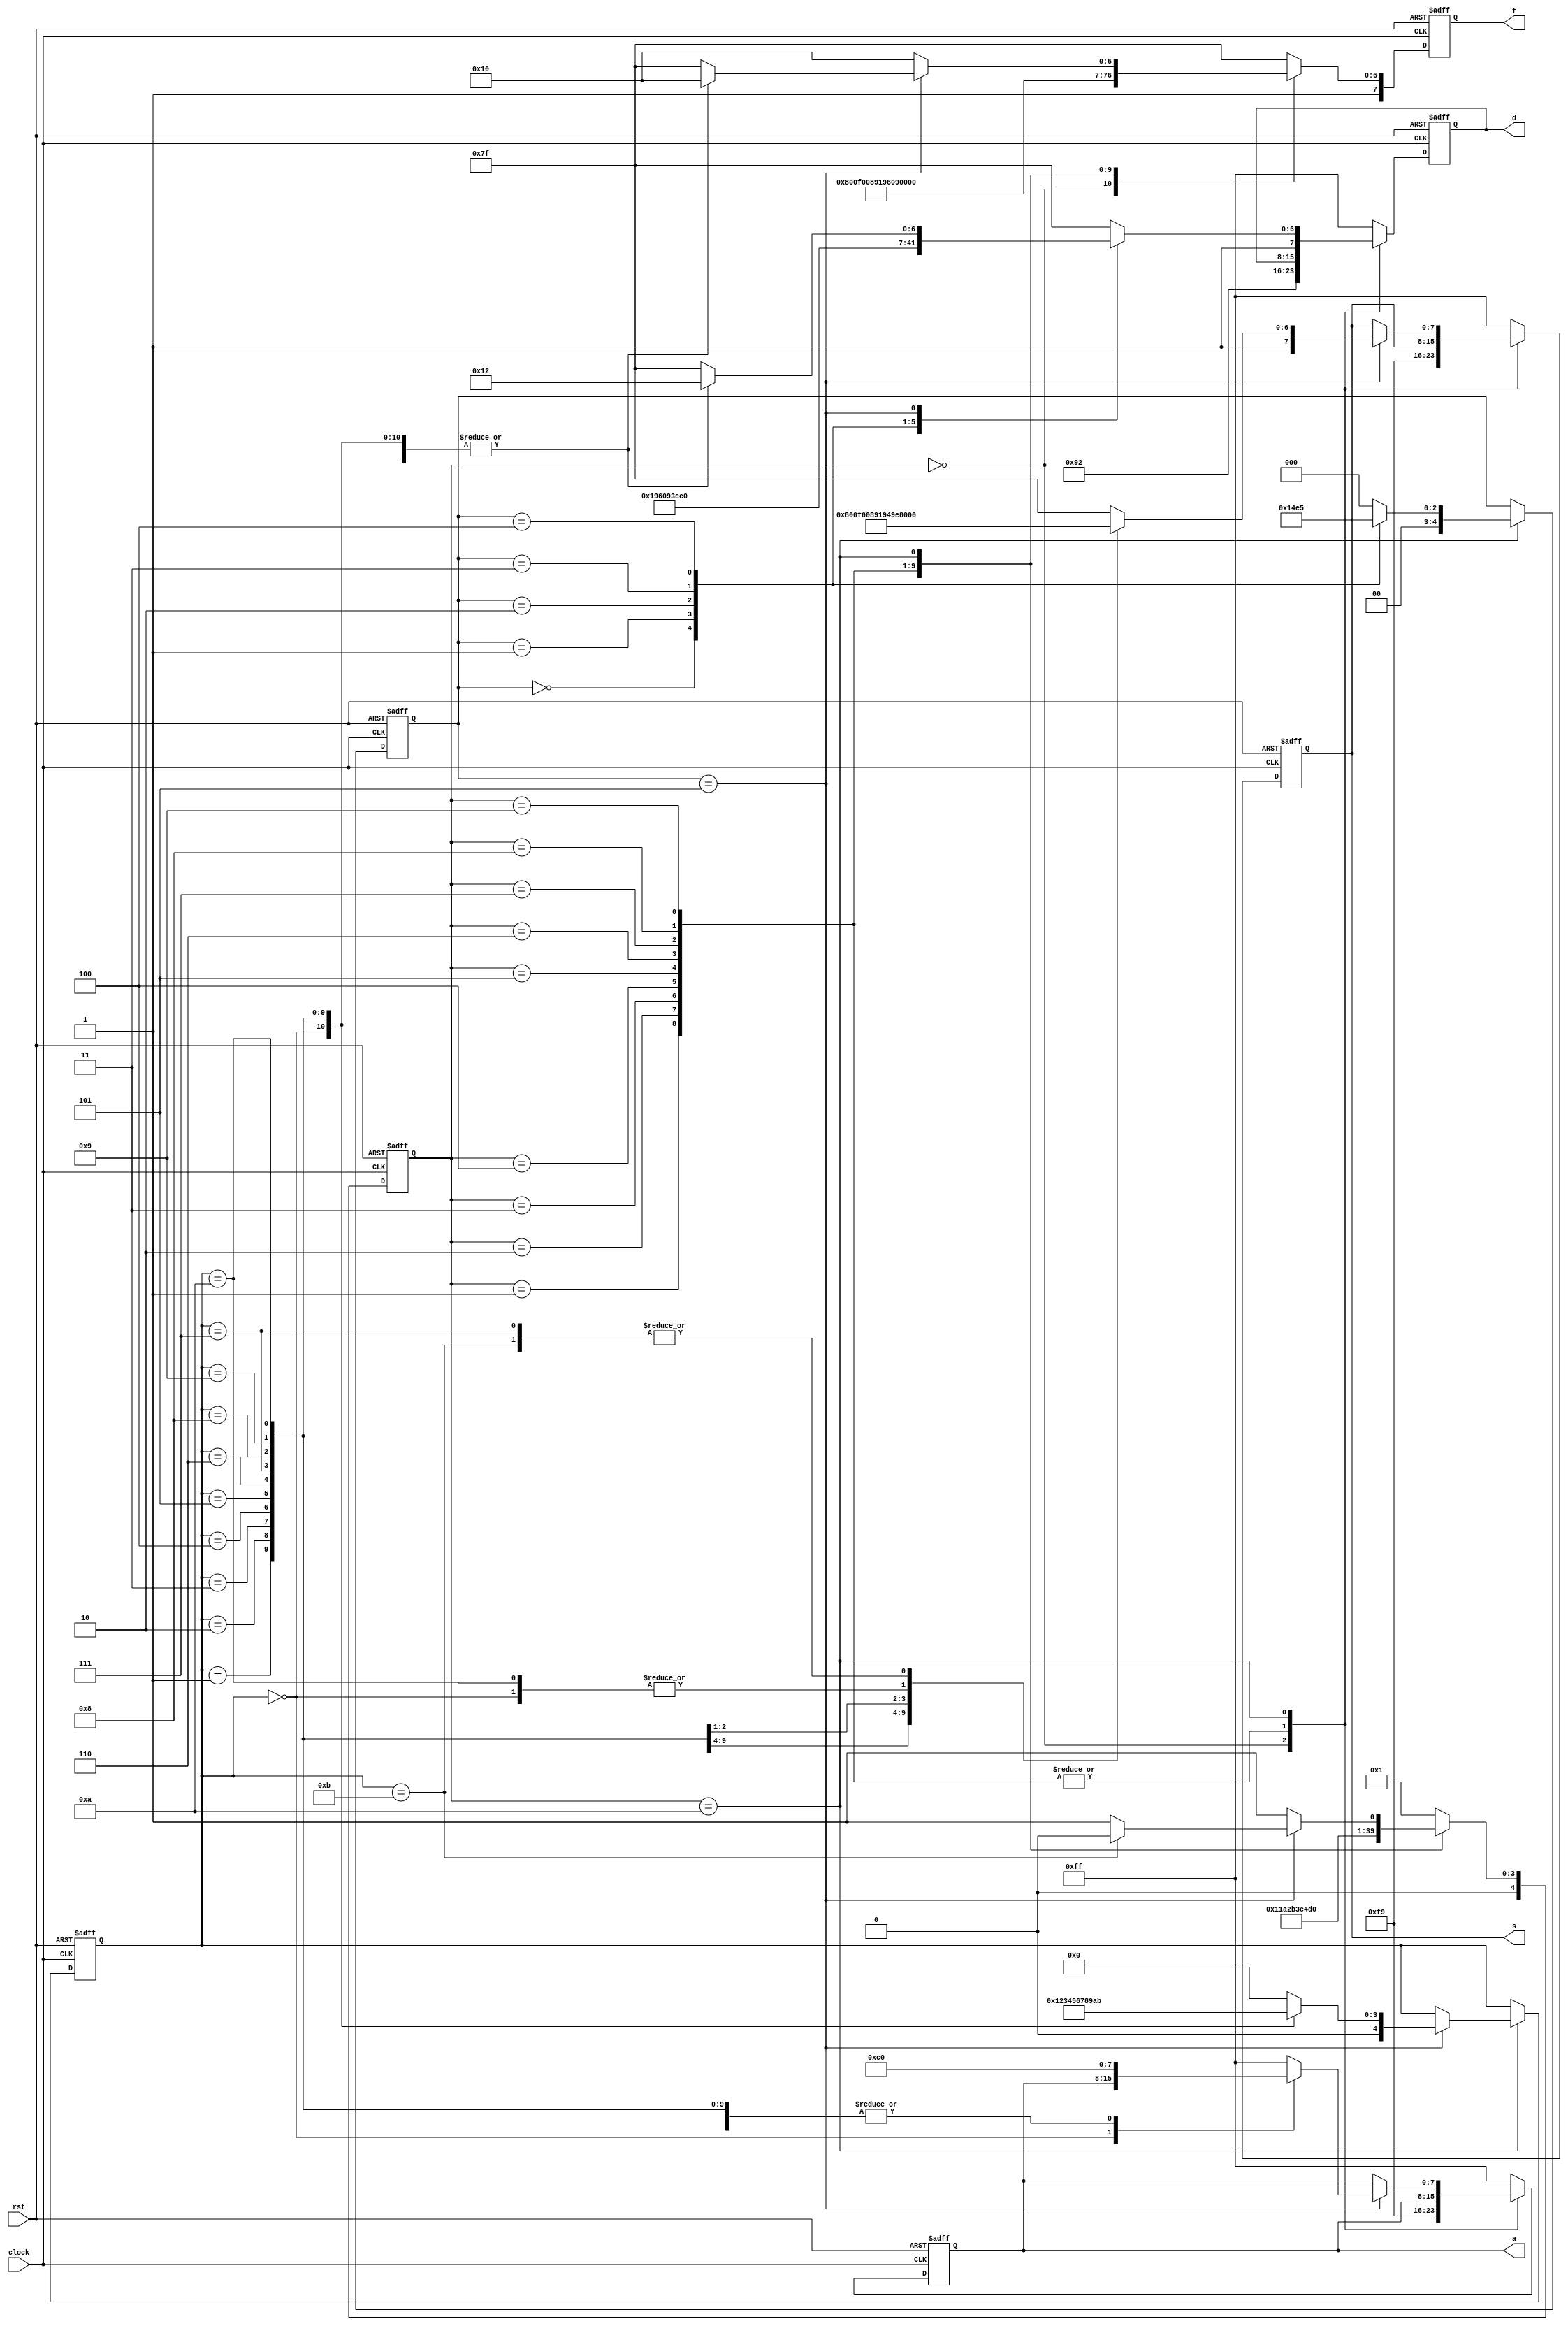
//`timescale 1ns / 1ps
//////////////////////////////////////////////////////////////////////////////////
// Company: 
// Engineer: 
// 
// Design Name: 
// Module Name:    subsec_time 
// Project Name: 
// Target Devices: 
// Tool versions: 
// Description: 
//
// Dependencies: 
//
// Revision: 
// Revision 0.01 - File Created
// Additional Comments: 
//
//////////////////////////////////////////////////////////////////////////////////
module subsec_time(clock,rst,a,s,d,f
    );
input clock,rst;
output reg [7:0]a,s,d,f;
//reg [7:0]a,s,d,f;
reg [4:0]state,state2,state3;
    
          //always @ (posedge clock)
			always @ (posedge clock or negedge rst)

			if(!rst)
			  begin
			  a<=8'b11111001;//1
			  s<=8'b10100100;//2
			  d<=8'b11000000;//0
			  f<=8'b11000000;//0
			  state3<=5'b00000;
			  state2<=5'b00000;
			  state<=5'b00000;
			  end
			else
			  begin
					case(state)
					5'b00000:begin
					         a<=8'b11111001;//1
								s<=8'b11111001;//1
								d<=8'b10010010;//5
								f<=8'b10010000;//9
								state<=5'b00001;
								end
			      5'b00001:begin
								f<=8'b10000000;//8
								state<=5'b00010;
	                     end
					5'b00010:begin
								f<=8'b11111000;//7
								state<=5'b00011;
	                     end
					5'b00011:begin
								f<=8'b10000010;//6
								state<=5'b00100;
	                     end
					5'b00100:begin
								f<=8'b10010010;//5
								state<=5'b00101;
	                     end
					5'b00101:begin
								f<=8'b10011001;//4
								state<=5'b00110;
	                     end
					5'b00110:begin
								f<=8'b10110000;//3
								state<=5'b00111;
	                     end
					5'b00111:begin
								f<=8'b10100100;//2
								state<=5'b01000;
	                     end
					5'b01000:begin
								f<=8'b11111001;//1
								state<=5'b01001;
	                     end
					5'b01001:begin
								f<=8'b11000000;//0
								state<=5'b01010;
	                     end
					5'b01010:begin
								f<=8'b10010000;//9
								state<=5'b00001;
												case(state2)
												5'b00000:begin
												         d<=8'b10011001;//4
															state2<=5'b00001;
												         end
												5'b00001:begin
												         d<=8'b10110000;//3
															state2<=5'b00010;
												         end
												5'b00010:begin
												         d<=8'b10100100;//2
															state2<=5'b00011;
												         end
												5'b00011:begin
												         d<=8'b11111001;//1
															state2<=5'b00100;
												         end
												5'b00100:begin
												         d<=8'b11000000;//0
															state2<=5'b00101;
												         end
												5'b00101:begin
												         d<=8'b10010010;//5
															state2<=5'b00000;
																		case(state3)
																		5'b00000:begin
																		         s<=8'b11000000;//0
																					state3<=5'b00001;
																		         end
																		5'b00001:begin
																		         a<=8'b11000000;//0
																		         s<=8'b10010000;//9
																					state3<=5'b00010;
																		         end
																		5'b00010:begin
																		         a<=8'b11000000;//0
																		         s<=8'b10000000;//8
																					state3<=5'b00011;
																		         end
																		5'b00011:begin
																		         a<=8'b11000000;//0
																		         s<=8'b11111000;//7
																					state3<=5'b00100;
																		         end
																		5'b00100:begin
																		         a<=8'b11000000;//0
																		         s<=8'b10000010;//6
																					state3<=5'b00101;
																		         end
																		5'b00101:begin
																		         a<=8'b11000000;//0
																		         s<=8'b10010010;//5
																					state3<=5'b00110;
																		         end
																		5'b00110:begin
																		         a<=8'b11000000;//0
																		         s<=8'b10011001;//4
																					state3<=5'b00111;
																		         end
																		5'b00111:begin
																		         a<=8'b11000000;//0
																		         s<=8'b10110000;//3
																					state3<=5'b01000;
																		         end
																		5'b01000:begin
																		         a<=8'b11000000;//0
																		         s<=8'b10100100;//2
																					state3<=5'b01001;
																		         end
																		5'b01001:begin
																		         a<=8'b11000000;//0
																		         s<=8'b11111001;//1
																					state3<=5'b01010;
																		         end
																		5'b01010:begin
																		         a<=8'b11000000;//0
																		         s<=8'b11000000;//0
																					state3<=5'b01011;
																		         end
																		5'b01011:begin
																		         a<=8'b11000000;//0
																		         s<=8'b10110000;//3
																					state3<=5'b00000;
																					state2<=5'b00000;
																					state<=5'b00000;
																		         end
																		default:begin
																		         a<=8'b11111111;
																				   s<=8'b11111111;
																					d<=8'b11111111;
																				   f<=8'b11111111;
																				   state3<=5'b00000;
																		        end
																		endcase
												         end
												default:begin
												        d<=8'b11111111;
														  state2<=5'b00000;
												        end
												endcase
	                     end
					default:begin
					         a<=8'b11111111;
								s<=8'b11111111;
								d<=8'b11111111;
								f<=8'b11111111;
								state<=5'b00001;
					        end
					endcase
			  end




endmodule